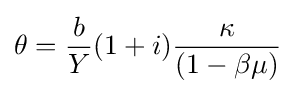
\theta ={\frac {b}{Y}}(1+i){\frac {\kappa }{(1-\beta \mu )}}\;